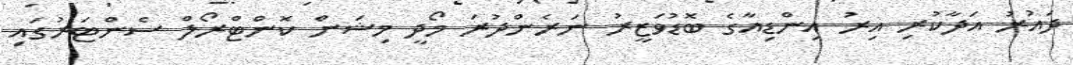
ދައުރު އަދާކުރި އިރު އިންޑިއާގެ ބޮޑުވަޒީރު ނަރެންދުރަ މޯދީ މިޝަން ކޮންޓްރޯލް ސެންޓަރުގައި